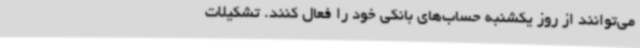
می‌توانند از روز یکشنبه حساب‌های بانکی‌ خود را فعال کنند. تشکیلات